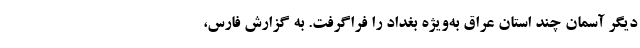
دیگر آسمان چند استان عراق به‌ویژه بغداد را فراگرفت. به گزارش فارس،